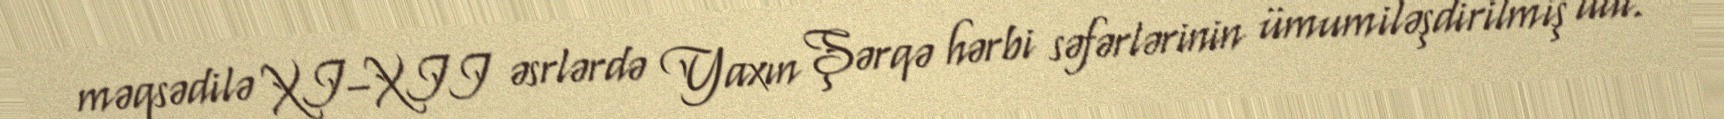
məqsədilə XI–XII əsrlərdə Yaxın Şərqə hərbi səfərlərinin ümumiləşdirilmiş adı.